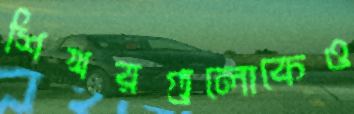
শিখরগুলোকেও